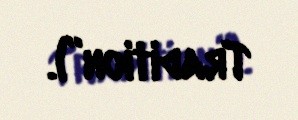
Tradition”).